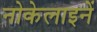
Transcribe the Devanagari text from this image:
नोकेलाइनें